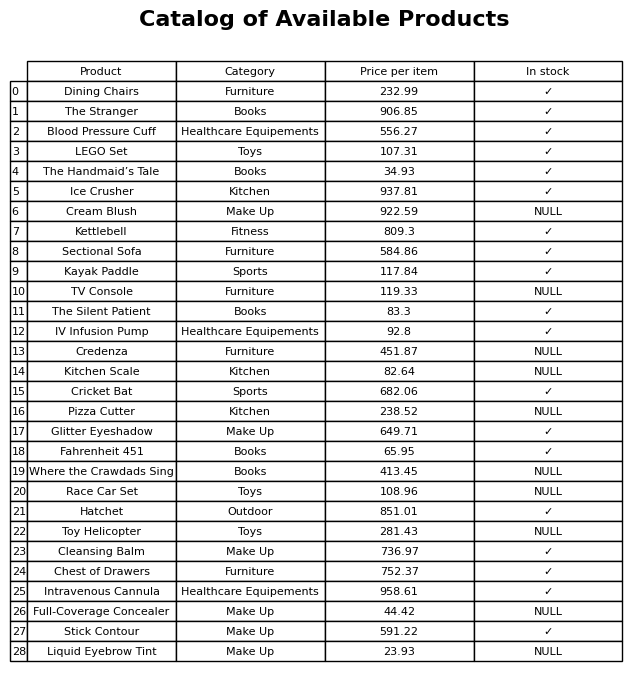
question: What is the price for Intravenous Cannula?
answer: The price of Intravenous Cannula is 958.61.